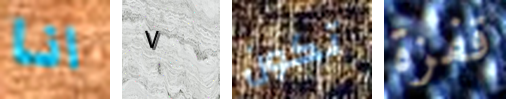
انا ٧ تكون قفزة